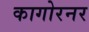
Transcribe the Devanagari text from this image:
कागोरनर